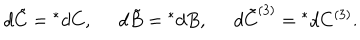
d \tilde { C } = { } ^ { * } d C , \; \; d \tilde { B } = { } ^ { * } d B , \; \; d \tilde { C } ^ { ( 3 ) } = { } ^ { * } d C ^ { ( 3 ) } .